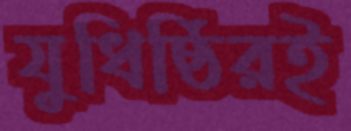
যুধিষ্ঠিরই